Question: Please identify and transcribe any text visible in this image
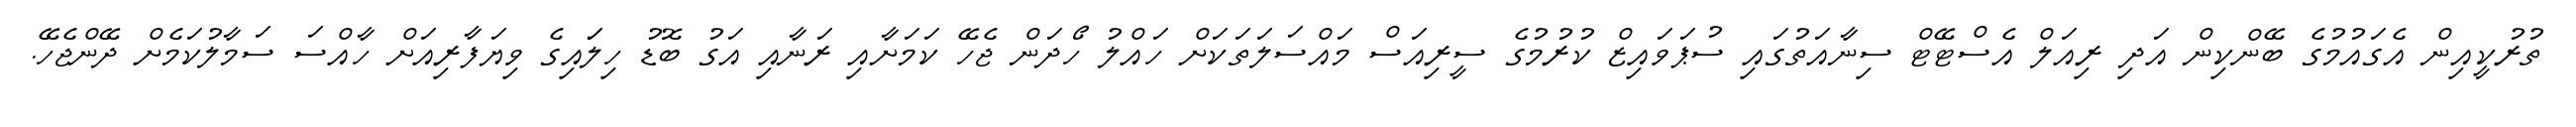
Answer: ތުރުކީއިން އެގައުމުގެ ބޭންކިން އަދި ރިއަލް އެސްޓޭޓް ސިނާއަތުގައި ސުޕަވައިޒް ކުރުމުގެ ސީރިއަސް މައްސަލަތަކަށް ހައްލު ހޯދަން ޖެހޭ ކަމަށާއި ރަނާއި އަގު ބޮޑު ހިލަައިގެ ވިޔަފާރިއަށް ހާއްސަ ސަމާލުކަމެށް ދޭންޖެހޭ.